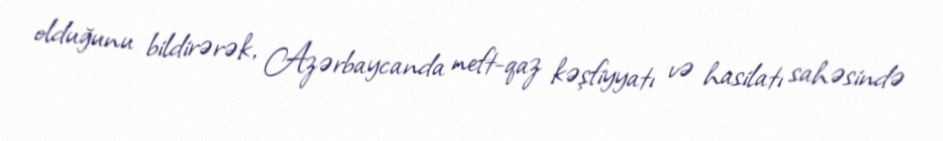
olduğunu bildirərək, Azərbaycanda neft-qaz kəşfiyyatı və hasilatı sahəsində